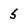
Character: 5